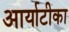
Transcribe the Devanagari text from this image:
आर्याटीका